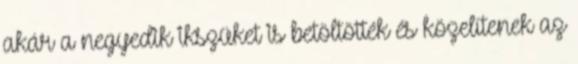
akár a negyedik ikszüket is betöltötték és közelítenek az